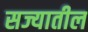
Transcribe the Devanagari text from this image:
सज्यातील